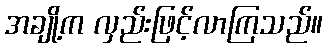
အချို့က လှည်းဖြင့်လာကြသည်။